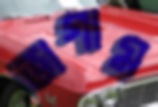
ভাগাম